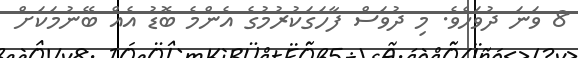
8 ވަނަ ދުވަހެވެ. މި ދުވަސް ފާހަގަކުރުމުގެ އެންމެ ބޮޑު އެއް ބޭނުމަކަށް